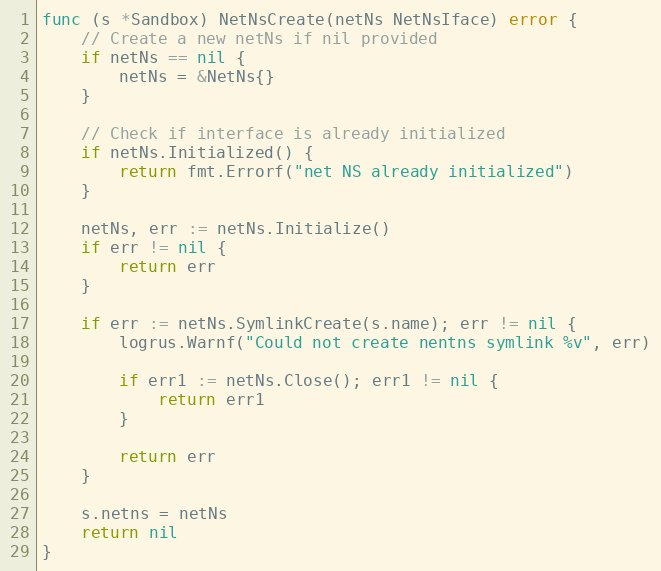
Language: Go
func (s *Sandbox) NetNsCreate(netNs NetNsIface) error {
	// Create a new netNs if nil provided
	if netNs == nil {
		netNs = &NetNs{}
	}

	// Check if interface is already initialized
	if netNs.Initialized() {
		return fmt.Errorf("net NS already initialized")
	}

	netNs, err := netNs.Initialize()
	if err != nil {
		return err
	}

	if err := netNs.SymlinkCreate(s.name); err != nil {
		logrus.Warnf("Could not create nentns symlink %v", err)

		if err1 := netNs.Close(); err1 != nil {
			return err1
		}

		return err
	}

	s.netns = netNs
	return nil
}